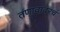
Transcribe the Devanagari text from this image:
तणावावरचं